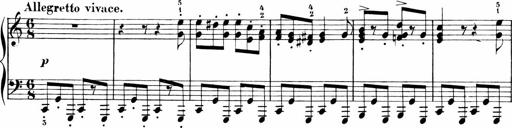
Title: Sonatinen Op.47, 98 und 136, nebst 6 Liedersonatinen
Composer: Carl Reinecke